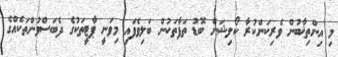
މި އިންތިޚާބުން ވެރިކަންކުރާ ކޯލިޝަން ބޮޑު ތަފާތަކުން ބަލިވެފައި މިވަނީ ޕާޓީތަކުގެ ދެބަސްވުންތަކެއްގެ